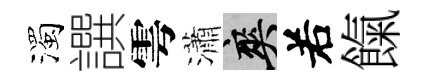
濁譔雩瀟爽𠰥餼